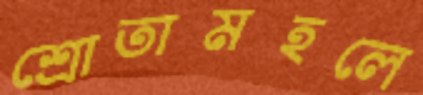
শ্রোতামহলে